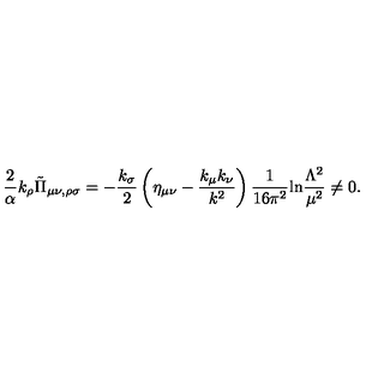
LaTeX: { \frac { 2 } { \alpha } } k _ { \rho } \tilde { \Pi } _ { \mu \nu , \rho \sigma } = - { \frac { k _ { \sigma } } { 2 } } \left( \eta _ { \mu \nu } - { \frac { k _ { \mu } k _ { \nu } } { k ^ { 2 } } } \right) { \frac { 1 } { 1 6 \pi ^ { 2 } } } \mathrm { l n } { \frac { \Lambda ^ { 2 } } { \mu ^ { 2 } } } \neq 0 .